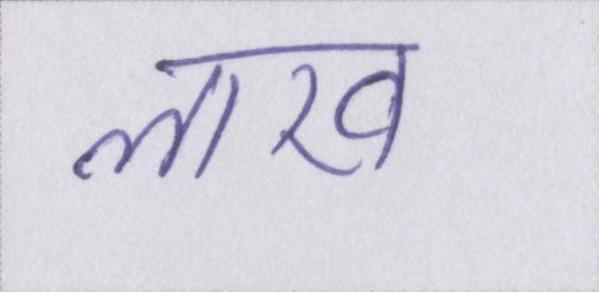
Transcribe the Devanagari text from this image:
लाख